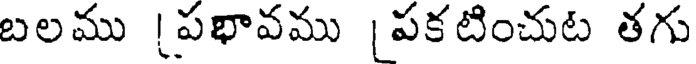
బలము [పభావము [పకటించుట తగు